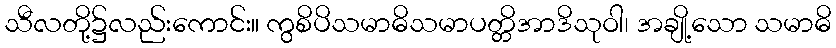
သီလတို့၌လည်းကောင်း။ ကွစိပိသမာဓိသမာပတ္တိအာဒိသုဝါ၊ အချို့သော သမာဓိ